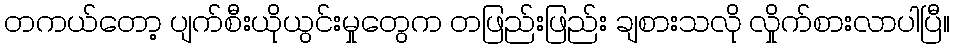
တကယ်တော့ ပျက်စီးယိုယွင်းမှုတွေက တဖြည်းဖြည်း ချစားသလို လှိုက်စားလာပါပြီ။